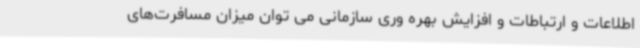
اطلاعات و ارتباطات و افزایش بهره وری سازمانی می توان میزان مسافرت‌های